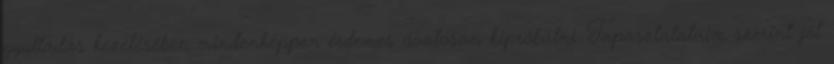
gyulladás kezelésében mindenképpen érdemes óvatosan kipróbálni. Tapasztalataim szerint jót